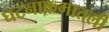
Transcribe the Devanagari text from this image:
घटनाक्रमातली